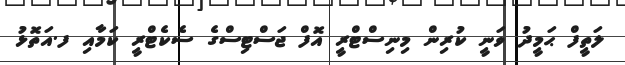
ލަތީފް ޙަމީދު ވަނީ ކުރިން މިނިސްޓްރީ އޮފް ޖަސްޓިސްގެ ސެކެޓްރީ ކަމާއި ފ.އަތޮޅު